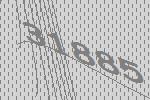
31885